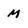
Character: M